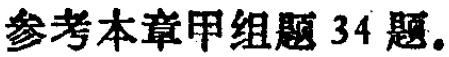
参考本章甲组题 34 题。